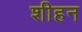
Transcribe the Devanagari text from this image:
शीहन